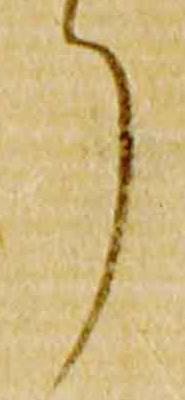
了